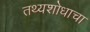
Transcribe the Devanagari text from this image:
तथ्यशोधाचा